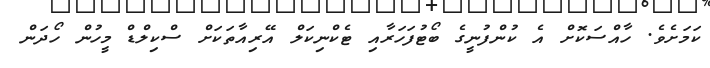
ކަމަށެވެ. ހާއްސަކޮށް އެ ކުންފުނީގެ ބޯޓުފަހަރާއި ޓެކްނިކަލް އޭރިއާތަކަށް ސްކިލްޑް މީހުން ހޯދަން